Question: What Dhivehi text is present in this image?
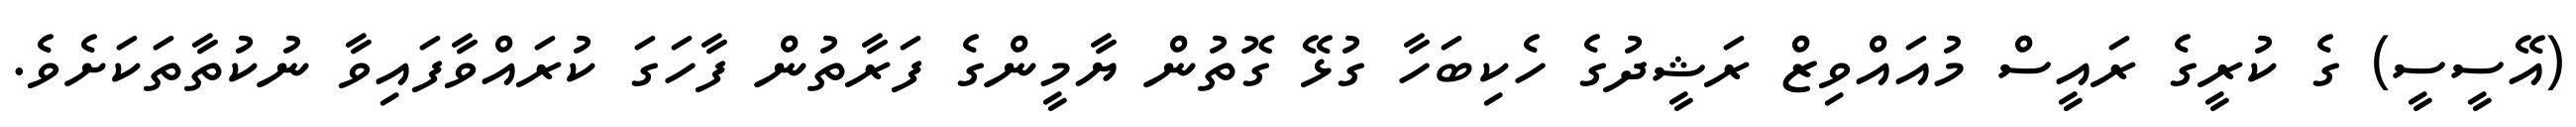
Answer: (އޭސީސީ) ގެ ކުރީގެ ރައީސް މުއައްވިޒް ރަޝީދުގެ ހެކިބަހާ ގުޅޭ ގޮތުން ޔާމީންގެ ފަރާތުން ފާހަގަ ކުރައްވާފައިވާ ނުކުތާތަކަށެވެ.